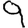
Digit: 9